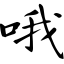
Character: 哦